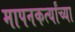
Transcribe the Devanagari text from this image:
मापनकर्त्यांच्या